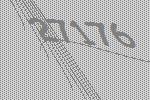
27176